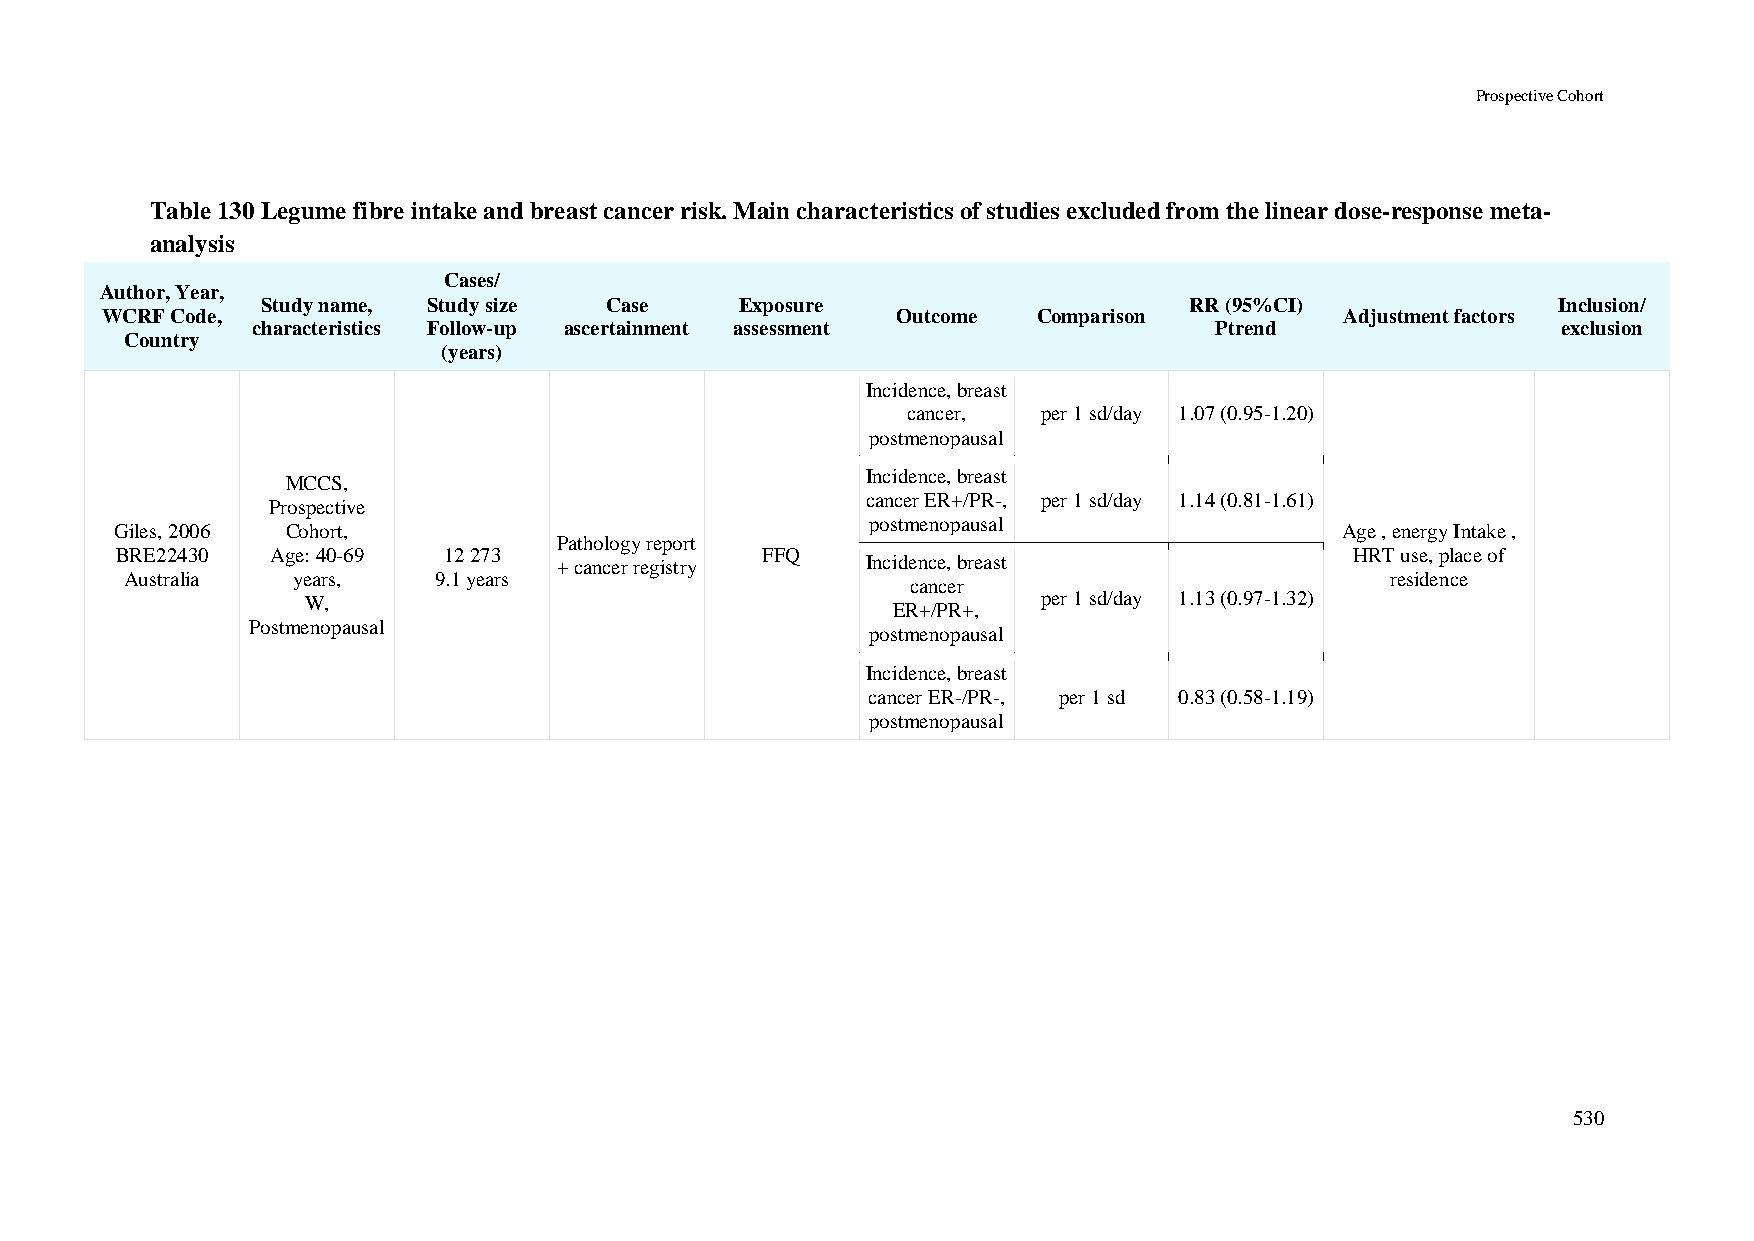
Prospective Cohort
 Table 130 Legume fibre intake and breast cancer risk. Main characteristics of studies excluded from the linear dose-response meta-
 analysis
 Cases/
 Author, Year,
 Study name, Study size Case     Exposure                      RR (95%CI)              Inclusion/
 WCRF Code,                                          Outcome   Comparison          Adjustment factors
 characteristics Follow-up ascertainment assessment             Ptrend                 exclusion
 Country
 (years)
 Incidence, breast
 cancer,  per 1 sd/day 1.07 (0.95-1.20)
 postmenopausal
 Incidence, breast
 MCCS,
 cancer ER+/PR-, per 1 sd/day 1.14 (0.81-1.61)
 Prospective
 postmenopausal
 Giles, 2006 Cohort,                                                              Age , energy Intake ,
 Pathology report
 BRE22430  Age: 40-69 12 273               FFQ                                     HRT use, place of
 + cancer registry   Incidence, breast
 Australia  years,    9.1 years                                                      residence
 cancer
 W,                                               per 1 sd/day 1.13 (0.97-1.32)
 ER+/PR+,
 Postmenopausal
 postmenopausal
 Incidence, breast
 cancer ER-/PR-, per 1 sd 0.83 (0.58-1.19)
 postmenopausal
 530